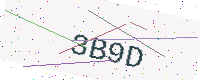
Text: 3B9D